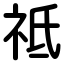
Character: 祗